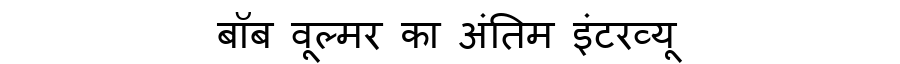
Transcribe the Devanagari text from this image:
बॉब वूल्मर का अंतिम इंटरव्यू